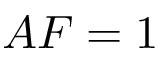
A F = 1